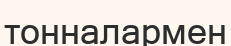
тонналармен